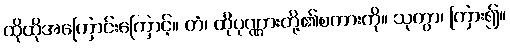
ထိုထိုအကြောင်းကြောင့်။ တံ၊ ထိုပုဏ္ဏားတို့၏စကားကို။ သုတွာ၊ ကြား၍။